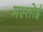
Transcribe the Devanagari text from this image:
मस्तोई